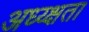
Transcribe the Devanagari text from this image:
अध्य्क्षता